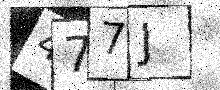
Text: 477J